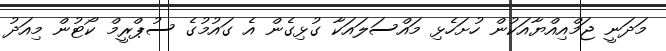
މަދަނީ ޖަމްއިއްޔާއަކުން ހުށަހެޅި މައްސަލައަކާ ގުޅިގެން އެ ގައުމުގެ ސުޕްރީމް ކޯޓުން މިއަދު